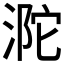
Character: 𣵻